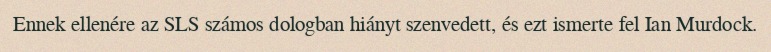
Ennek ellenére az SLS számos dologban hiányt szenvedett, és ezt ismerte fel Ian Murdock.